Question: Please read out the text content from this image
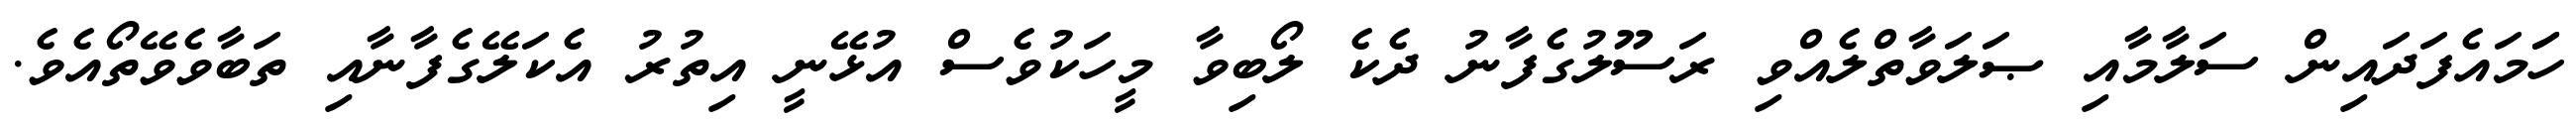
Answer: ހަަމައެފަދައިން ސަލާމާއި ޞަލަވާތްލެއްވި ރަސޫލުގެފާނު ދެކެ ލޯބިވާ މީހަކުވެސް އުޅޭނީ އިތުރު އެކަލޭގެފާނާއި ތަބާވެވޭތޯއެވެ.